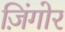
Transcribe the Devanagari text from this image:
ज़िंगोर